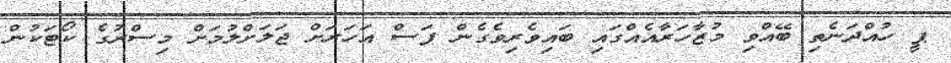
ޕީ ހުއްދަނެތި ބޭއްވި މުޒާހަރާއެއްގައި ބައިވެރިވެގެން ފަސް އަހަރަށް ޖަލަށްލުމަށް މިސްރުގެ ކޯޓަކުން